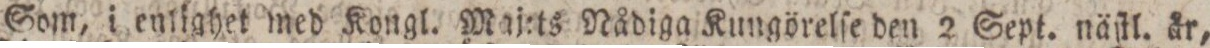
Som, i enlighet med Kongl. Maj:ts Nådiga Kungörelſe den 2 Sept. näſtl. år,